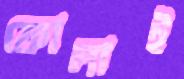
ফোলাই